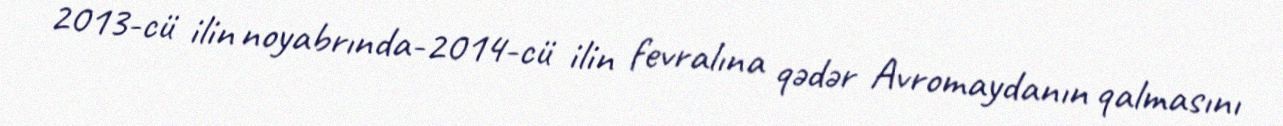
2013-cü ilin noyabrında-2014-cü ilin fevralına qədər Avromaydanın qalmasını